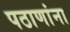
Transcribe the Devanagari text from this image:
पठाणांना